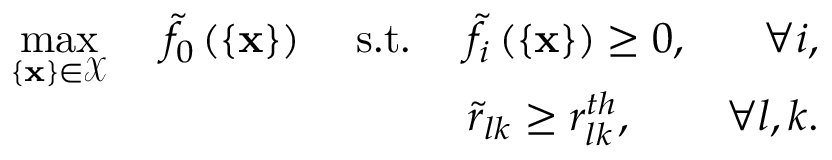
\begin{array} { r l r l r } { \underset { \{ \mathbf { x } \} \in \mathcal { X } } { \operatorname* { m a x } } \, \, } & { \tilde { f } _ { 0 } \left( \left\{ \mathbf { x } \right\} \right) } & { \, \, \mathrm { s . t . } \, \, } & { \tilde { f } _ { i } \left( \left\{ \mathbf { x } \right\} \right) \geq 0 , } & { \forall i , } \\ & { } & & { \tilde { r } _ { l k } \geq r _ { l k } ^ { t h } , } & { \forall l , k . } \end{array}